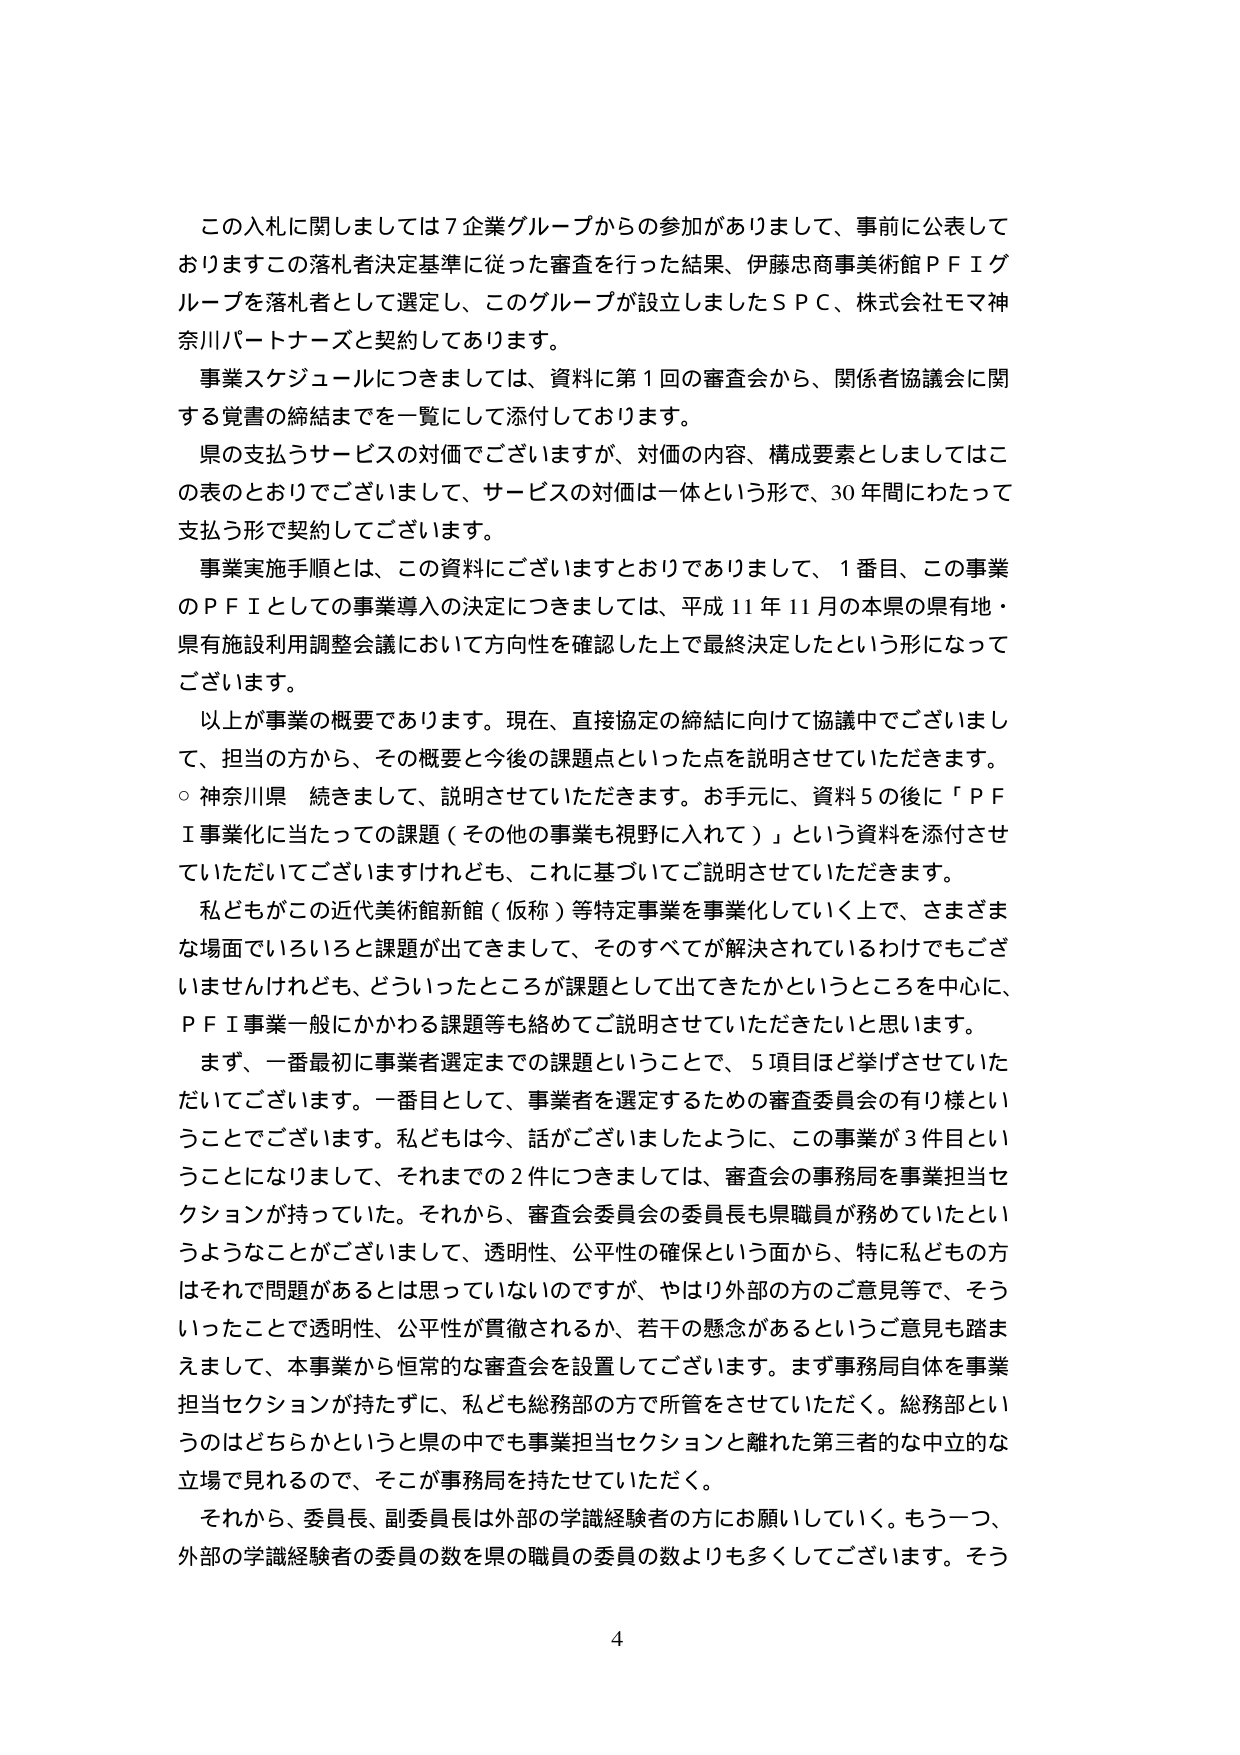
この入札に関しましては７企業グループからの参加がありまして、事前に公表しておりますこの落札者決定基準に従った審査を行った結果、伊藤忠商事美術館ＰＦＩグループを落札者として選定し、このグループが設立しましたＳＰＣ、株式会社モマ神奈川パートナーズと契約しております。

事業スケジュールにつきましては、資料に第１回の審査会から、関係者協議会に関する覚書の締結までを一覧にして添付しております。

県の支払うサービスの対価でございますが、対価の内容、構成要素としましてはこの表のとおりでございまして、サービスの対価は一体という形で、30年間にわたって支払う形で契約してございます。

事業実施手順とは、この資料にございますとおりでありますして、１番目、この事業のＰＦＩとしての事業導入の決定につきましては、平成11年11月の本県の県有地・県有施設利用調整会議において方向性を確認した上で最終決定したという形になってございます。

以上が事業の概要であります。現在、直接協定の締結に向けて協議中でございまして、担当の方から、その概要と今後の課題点といった点を説明させていただきます。

○ 神奈川県 続きまして、説明させていただきます。お手元に、資料５の後に「ＰＦＩ事業化に当たっての課題（その他の事業も視野に入れて）」という資料を添付させていただいてございますけれども、これに基づいてご説明させていただきます。

私どもがこの近代美術館新館（仮称）等特定事業を事業化していく上で、さまざまな場面でいろいろと課題が出てきまして、そのすべてが解決されているわけでもございませんけれども、どういったところが課題として出てきたかというところを中心に、ＰＦＩ事業一般にかかわる課題等も絡めてご説明させていただきたいと思います。

まず、一番最初に事業者選定までの課題ということで、５項目ほど挙げさせていただいてございます。一番目として、事業者を選定するための審査委員会の有り様ということでございます。私どもは今、話がございましたように、この事業が３件目ということになりまして、それまでの２件につきましては、審査会の事務局を事業担当セクションが持っていた。それから、審査会委員会の委員長も県職員が務めていたというようなことがございまして、透明性、公平性の確保という面から、特に私どもの方はそれて問題があるとは思っていないのですが、やはり外部の方のご意見等で、そういったことで透明性、公平性が貫徹されるか、若干の懸念があるというご意見も踏まえまして、本事業から恒常的な審査会を設置してございます。まず事務局自体を事業担当セクションが持たずに、私ども総務部の方で所管をさせていただく。総務部というのはどちらかというと県の中でも事業担当セクションと離れた第三者的な中立的な立場で見れるので、そこが事務局を持たせていただく。

それから、委員長、副委員長は外部の学識経験者の方にお願いしていく。もう一つ、外部の学識経験者の委員の数を県の職員の委員の数よりも多くしてございます。そう

4